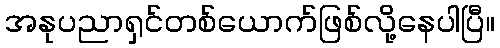
အနုပညာရှင်တစ်ယောက်ဖြစ်လို့နေပါပြီ။